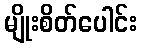
မျိုးစိတ်ပေါင်း